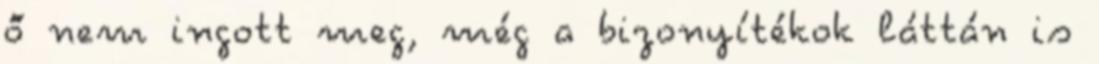
ő nem ingott meg, még a bizonyítékok láttán is